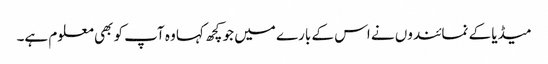
میڈیا کے نمائندوں نے اس کے بارے میں جو کچھ کہا وہ آپ کو بھی معلوم ہے۔